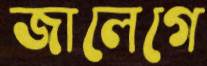
জালেগে